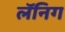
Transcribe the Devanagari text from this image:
लॅनिग